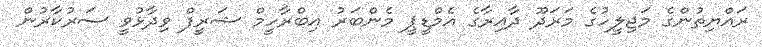
ރައްޔިތުންގެ މަޖިލީހުގެ މަރަދޫ ދާއިރާގެ އެމްޑީޕީ މެންބަރު އިބްރާހީމް ޝަރީފް ވިދާޅުވީ ސަރުކާރުން